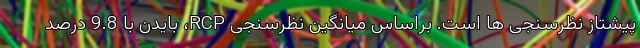
پیشتاز نظرسنجی ها است. براساس میانگین نظرسنجی RCP، بایدن با 9.8 درصد